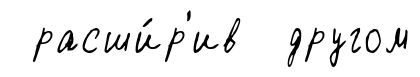
расши́р'ив другом